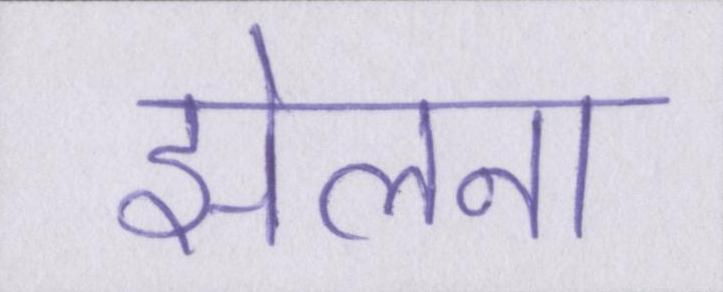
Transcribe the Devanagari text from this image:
झेलना